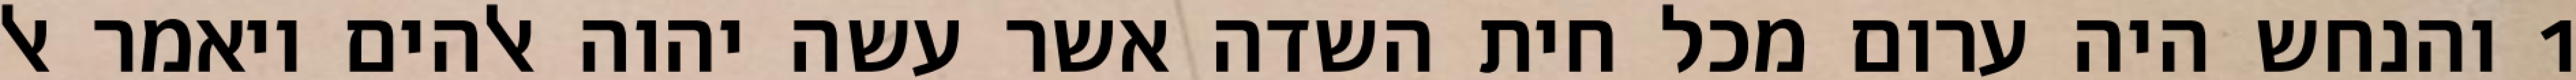
1 והנחש היה ערום מכל חית השדה אשר עשה יהוה אלהים ויאמר אל